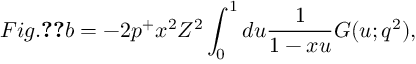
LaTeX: F i g . \ref { f i g : f f p i } b = - 2 p ^ { + } x ^ { 2 } Z ^ { 2 } \int _ { 0 } ^ { 1 } d u \frac { 1 } { 1 - x u } G ( u ; q ^ { 2 } ) ,